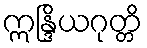
ဣန္ဒြိယဂုတ္တိ